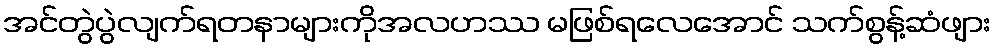
အင်တွဲပွဲလျက်ရတနာများကိုအလဟဿ မဖြစ်ရလေအောင် သက်စွန့်ဆံဖျား